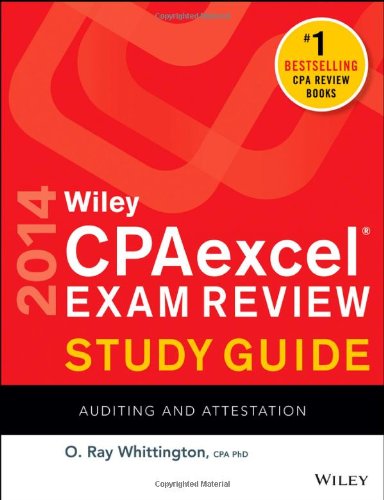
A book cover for Wiley CPAexcel Exam Review 2014 Study Guide, Auditing and Attestation; O. Ray Whittington; Test Preparation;